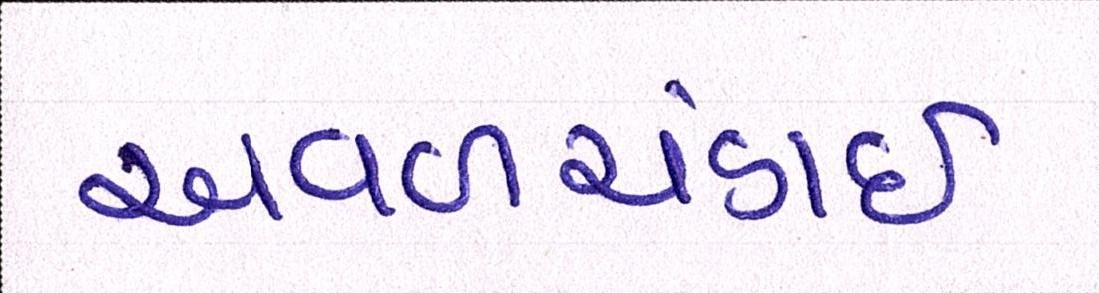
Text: અવળચંડાઇ